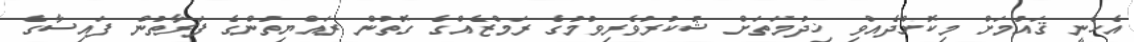
އެހެނީ ޤައުމަށް މިކޮށްދެއްވި ޚިދުމަތަށް ޝުކުރުވެރިވުމުގެ ރަމްޒެއްގެ ގޮތުން ރައްޔިތުންގެ ފަރާތުން ފައިސާގެ